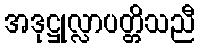
အဒုဋ္ဌုလ္လာပတ္တိသညီ